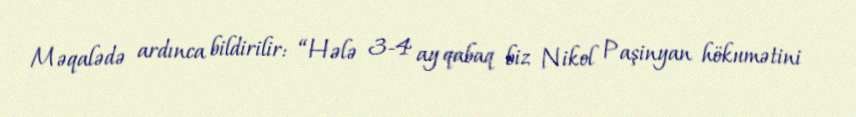
Məqalədə ardınca bildirilir: “Hələ 3-4 ay qabaq biz Nikol Paşinyan hökumətini